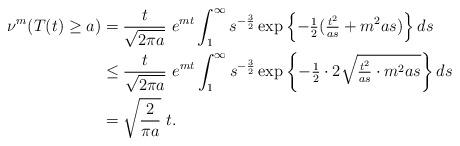
LaTeX: \begin{align*}\nu^m(T(t)\geq a)& =\frac{t}{\sqrt{2\pi a}}\ e^{mt}\int_1^\infty s^{-\frac{3}{2}}\exp\left\{-\tfrac{1}{2}(\tfrac{t^2}{as}+m^2as)\right\}ds\\& \leq \frac{t}{\sqrt{2\pi a}}\ e^{mt} \int_1^\infty s^{-\frac{3}{2} }\exp\left\{-\tfrac{1}{2}\cdot 2\sqrt{\tfrac{t^2}{as}\cdot m^2as}\right\}ds\\& = \sqrt{\frac{2}{\pi a }} \ t. \end{align*}